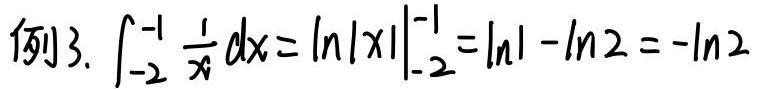
例3. $\int_{-2}^{-1} \frac{1}{x} dx = \left.\ln|x|\right|_{-2}^{-1} = \ln 1 - \ln 2 = -\ln 2$